Annual report on the Civil Veterinary Department, Burma (including the Insein Veterinary School) - 1923-1931
Year: 1923
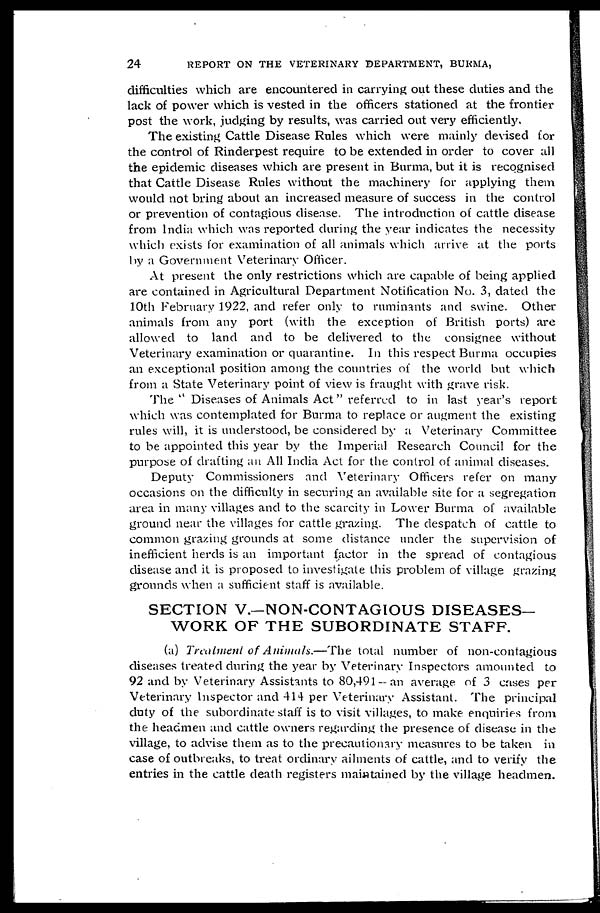
24
REPORT ON THE VETERINARY DEPARTMENT, BURMA,
difficulties which are encountered in carrying out these duties and the
lack of power which is vested in the officers stationed at the frontier
post the work, judging by results, was carried out very efficiently.
The existing Cattle Disease Rules which were mainly devised tor
the control of Rinderpest require to be extended in order to cover all
the epidemic diseases which are present in Burma, but it is recognised
that Cattle Disease Rules without the machinery for applying them
would not bring about an increased measure of success in the control
or prevention of contagious disease. The introduction of cattle disease
from India which was reported during the year indicates the necessity
which exists for examination of all animals which arrive at the ports
by a Government Veterinary Officer.
At present the only restrictions which are capable of being applied
are contained in Agricultural Department Notification No. 3, dated the
10th February 1922, and refer only to ruminants and swine. Other
animals from any port (with the exception of British ports) are
allowed to land and to be delivered to the consignee without
Veterinary examination or quarantine. In this respect Burma occupies
an exceptional position among the countries of the world but which
from a State Veterinary point of view is fraught with grave risk.
The "Diseases of Animals Act" referred to in last year's report
which was contemplated for Burma to replace or augment the existing
rules will, it is understood, be considered by a Veterinary Committee
to be appointed this year by the Imperial Research Council for the
purpose of drafting an All India Act for the control of animal diseases.
Deputy Commissioners and Veterinary Officers refer on many
occasions on the difficulty in securing an available site for a segregation
area in many villages and to the scarcity in Lower Burma of available
ground near the villages for cattle grazing. The despatch of cattle to
common grazing grounds at some distance under the supervision of
inefficient herds is an important factor in the spread of contagious
disease and it is proposed to investigate this problem of village grazing
grounds when a sufficient staff is available.
SECTION V.—NON-CONTAGIOUS DISEASES-
WORK OF THE SUBORDINATE STAFF.
(a) Treatment of Animals.—The
total number of non-contagious
diseases treated during the year by Veterinary Inspectors amounted to
92 and by Veterinary Assistants to 80,491--an average of 3 cases per
Veterinary Inspector and 414 per Veterinary Assistant. The principal
duty of the subordinate staff is to visit villages, to make enquiries from
the headmen and cattle owners regarding the presence of disease in the
village, to advise them as to the precautionary measures to be taken in
case of outbreaks, to treat ordinary ailments of cattle, and to verify the
entries in the cattle death registers maintained by the village headmen.